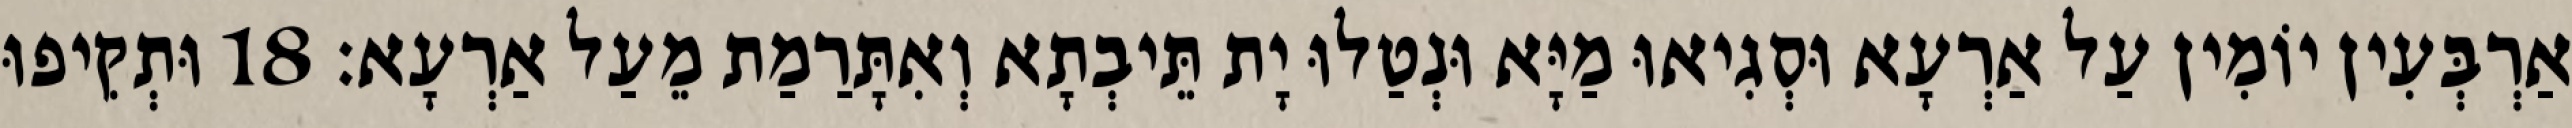
אַרְבְּעִין יוֹמִין עַל אַרְעָא וּסְגִיאוּ מַיָּא וּנְטַלוּ יָת תֵּיבְתָא וְאִתָּרַמַת מֵעַל אַרְעָא׃ 18 וּתְקִיפוּ